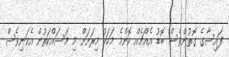
ފައިސާގެ ގޮތުންވެސް ބޮޑު އެއްޗެއް ކޮންމެ މަހަކު މިރަށަށް މި މަސައްކަތުން އެކަނިވެސް